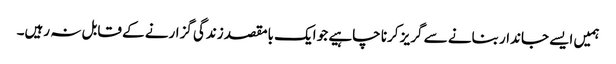
ہمیں ایسے جاندار بنانے سے گریز کرنا چاہیے جو ایک بامقصد زندگی گزارنے کے قابل نہ رہیں۔